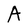
Character: A